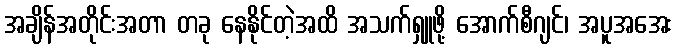
အချိန်အတိုင်းအတာ တခု နေနိုင်တဲ့အထိ အသက်ရှူဖို့ အောက်စီဂျင်၊ အပူအအေး